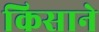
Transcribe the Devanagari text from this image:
किसाने